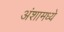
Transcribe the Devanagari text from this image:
अंशामध्ये